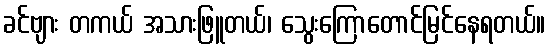
ခင်ဗျား တကယ် အသားဖြူတယ်၊ သွေးကြောတောင်မြင်နေရတယ်။